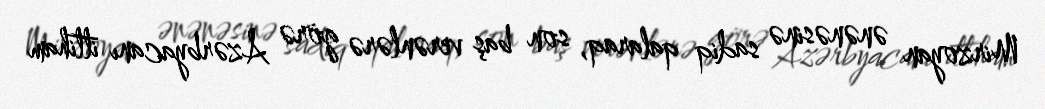
Mirzoyan ənənəsinə sadiq qalaraq, son baş verənlərə görə Azərbyacanı ittiham